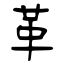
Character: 革